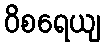
ဝိစရေယျ